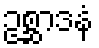
ဥစ္ဆာဒနံ